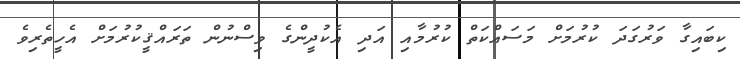
ކިބައިގާ ވަރުގަދަ ކުރުމަށް މަސައްކަތް ކުރުމާއި އަދި އެކުދީންގެ ވިސްނުން ތަރައްޤީކުރުމަށް އެހީތެރިވެ